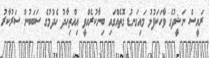
ރައީސް ނަޝީދުގެ ވާހަކަފުޅު މައިގަނޑު ގޮތެއްގައި ބިނާކުރެއްވީ އިއްތިހާދު ހެދުމުގެ ސަބަބުން ސަރުކާރު